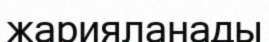
жарияланады